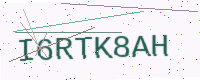
Text: I6RTK8AH